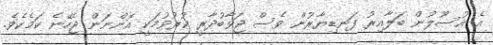
އެ އުސޫލުން ބަލާއިރު ފަނޑިޔާރުން ވެސް ޖަވާބުދާރީ ކުރުވުމަކީ އޮންނަން ޖެހޭނެ ކަމެކެވެ.